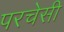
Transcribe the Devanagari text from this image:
परचेसी